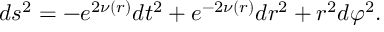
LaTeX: d s ^ { 2 } = - e ^ { 2 \nu ( r ) } d t ^ { 2 } + e ^ { - 2 \nu ( r ) } d r ^ { 2 } + r ^ { 2 } d \varphi ^ { 2 } .